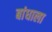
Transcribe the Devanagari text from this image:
बांधाला